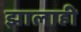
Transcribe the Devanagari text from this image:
झालाही